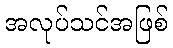
အလုပ်သင်အဖြစ်